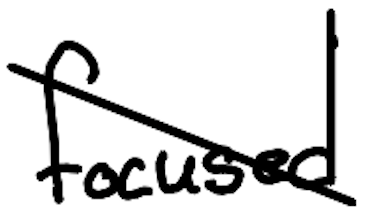
Text: focused
Cross-out: mix
Writing tool: digital_black